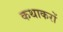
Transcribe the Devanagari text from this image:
कथाकरों